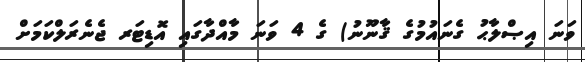
ވަނަ އިޞްލާޙު ގެނައުމުގެ ޤާނޫނު) ގެ 4 ވަނަ މާއްދާގައި އޮޑިޓަރ ޖެނެރަލްކަމަށް